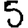
Digit: 5